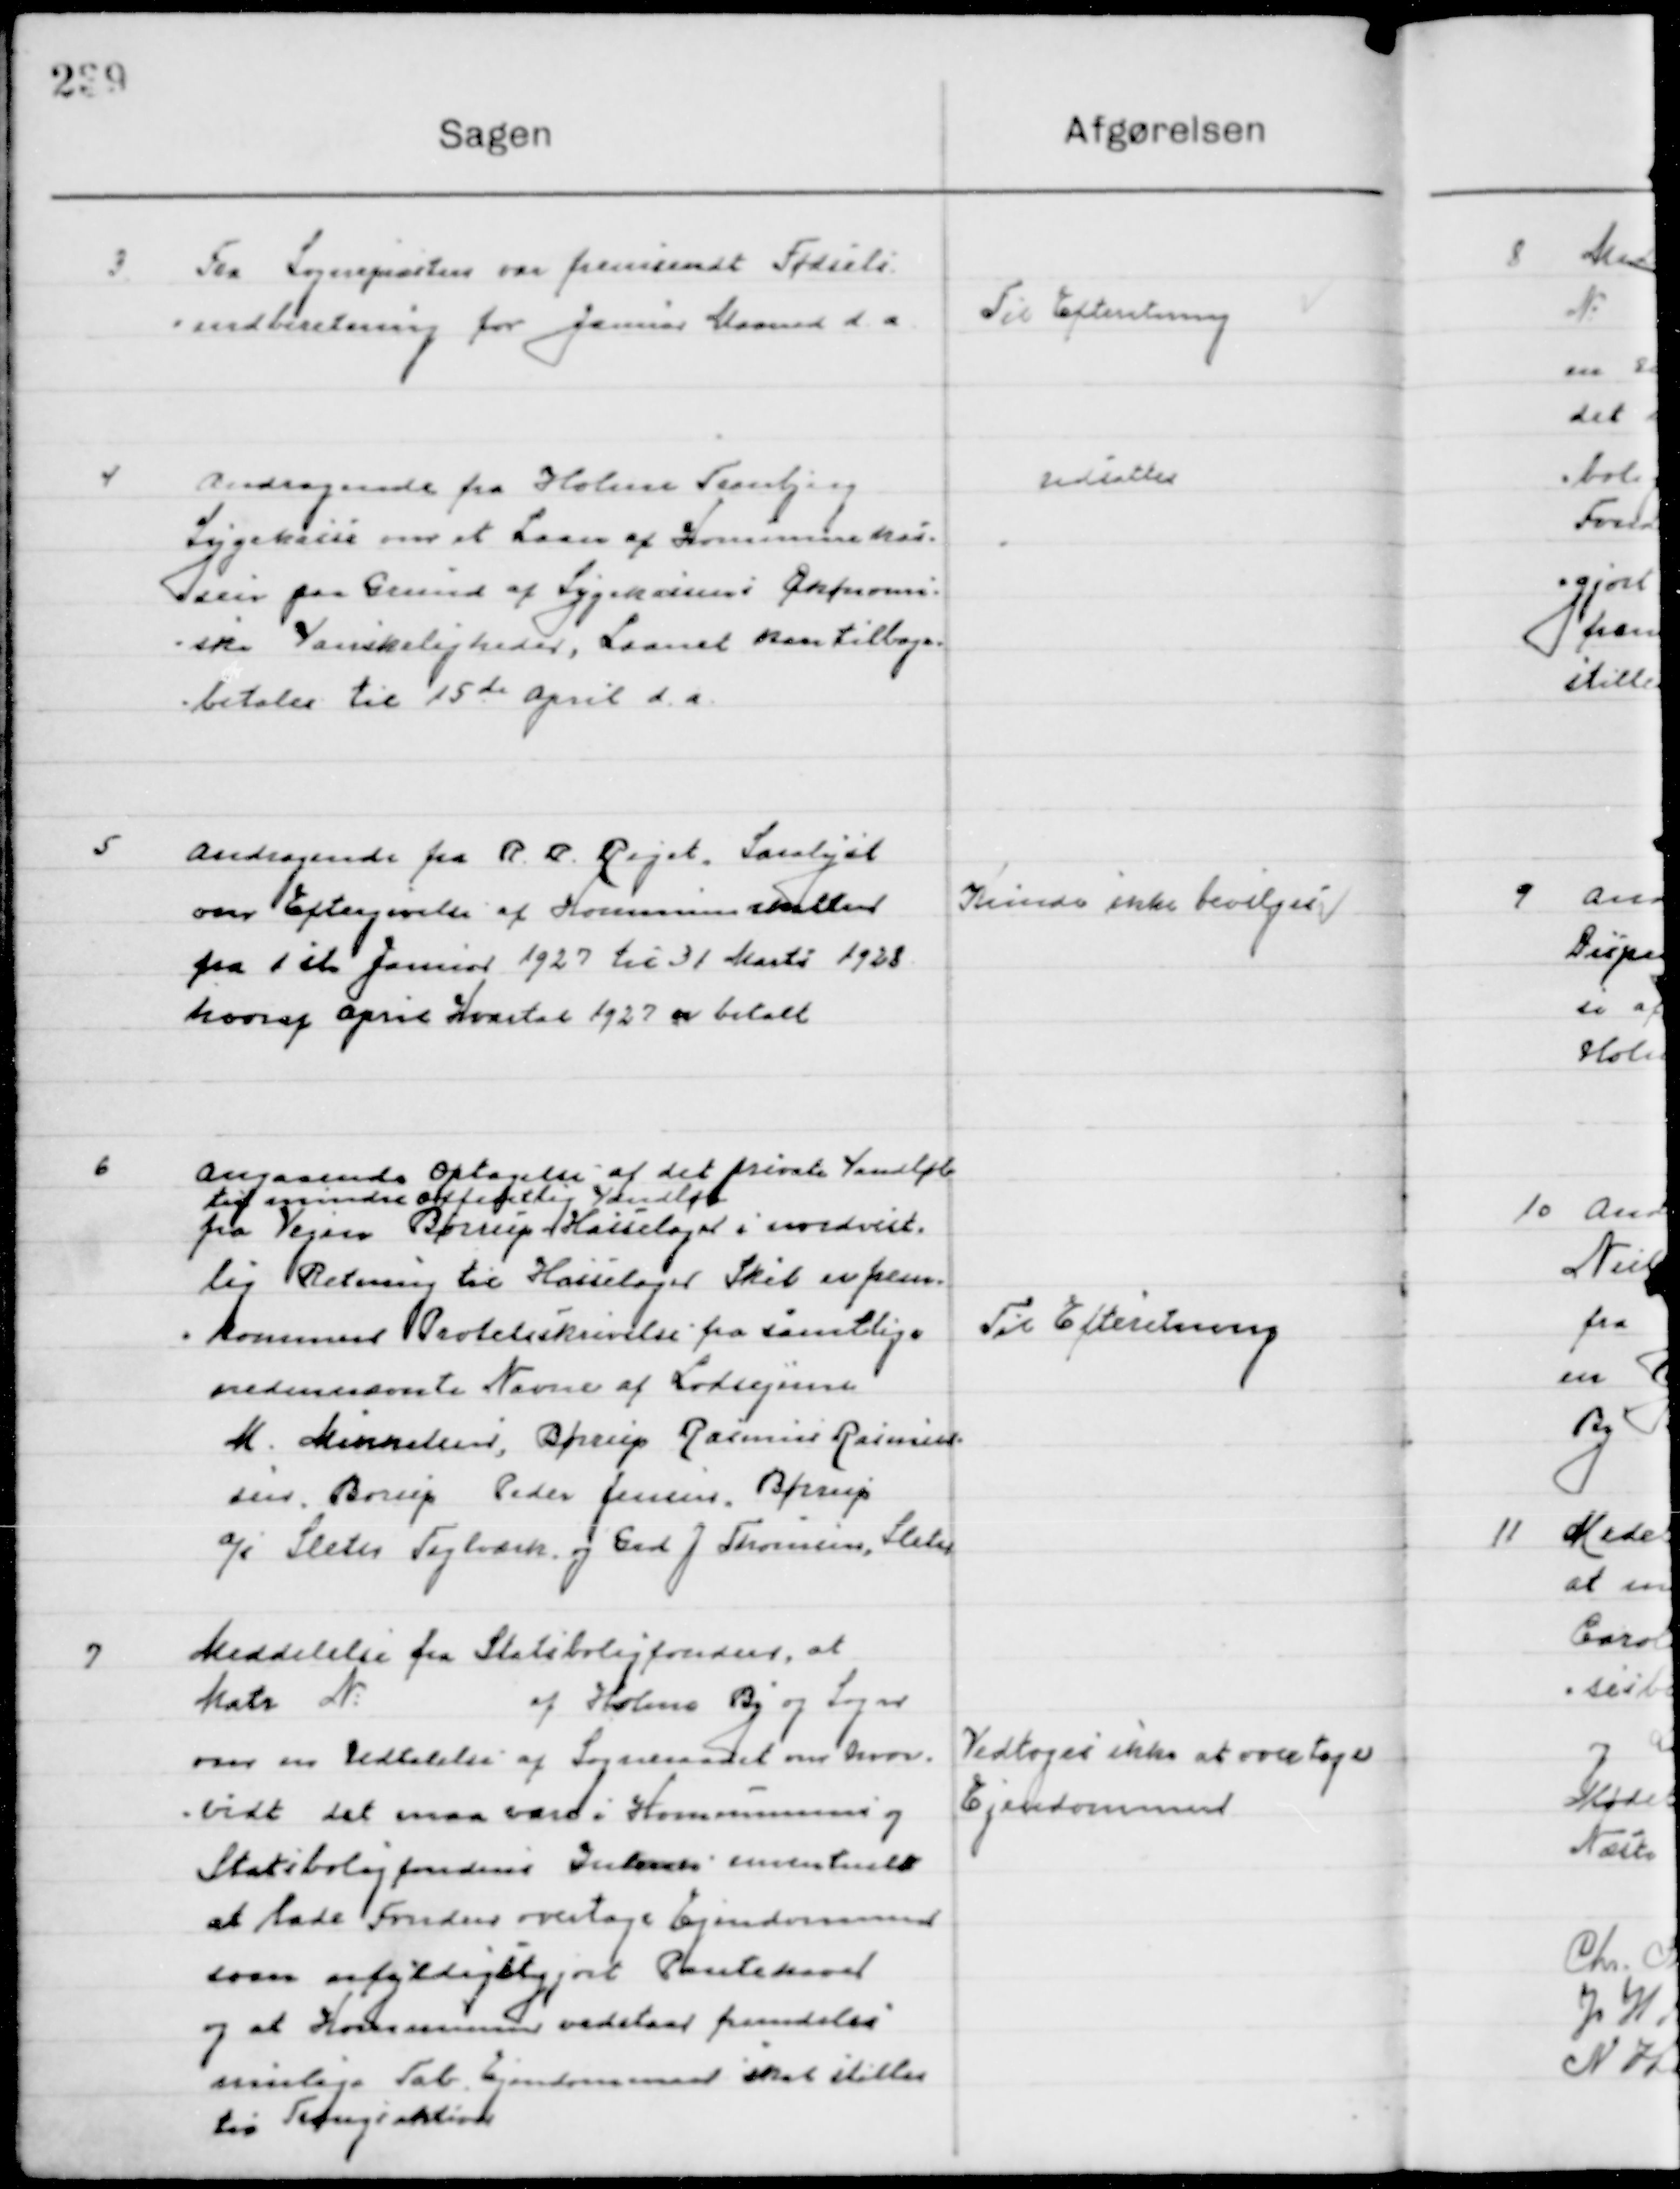
Transskription:
3

Fra Sognepræsten om fremsendt fødsels-
indberetning for Januar Maaned d. a.

Til Efterretning

4

Andragende fra Holme Tranbjerg
Sygekasse om et Laan af Kommunekas-
sen paa Grund af Sygekassens Økonomi-
ske Vanskeligheder, Laanet kan tilbage-
betales til 15de April d. a.

Udsattes

5

Andragende fra R. B. Rejet, Saralyst
om Eftergivelse af Kommuneskatten
fra 1ste Januar 1927 til 31 marts 1928
hvoraf April Kvartal 1927 er betalt.

Kunde ikke bevilgedes

6

Angaaende Optagelse af det private vandløb
til mindre offentlig Vandløb
Fra Vejen Børup Hasselager i nordvest-
lig Retning til Hasselager Skel er frem-
kommen protestbeskrivelse fra samtlige 
nedennævnte Navne af Lodsejerne
M. Mikkelsen, Børrup Rasmus Rasmus-
sen, Borup Peder Jensen, Børrup
af Sleth Teglværk og Grd. J. Thomsen, Sleth

Til Efterretning

7

Meddelelse fra Statsboligfonden, at
Matr. № af Holme By og Sogn
om en Udtalelse af Sogneraadet om hvor-
vidt det maa være i Kommunens og
Statsboligfondens Interese eventuelt
at lade Fonden overtage Ejendommen
som ufyldigstgjort Pantehaver
og et Kommunen vedstaar fremdeles
mulige Tab. Ejendommen skal stilles 
til Tvangsaktion.

Vedtoges ikke at overtage 
Ejendommen